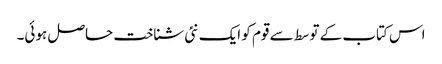
اس کتاب کے توسط سے قوم کو ایک نئی شناخت حاصل ہوئی۔